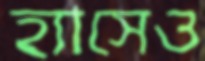
হ্যাসেও